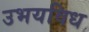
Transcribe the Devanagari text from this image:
उभयविध